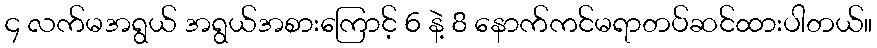
၄ လက်မအရွယ် အရွယ်အစားကြောင့် 6 နဲ့ 8 နောက်ကင်မရာတပ်ဆင်ထားပါတယ်။